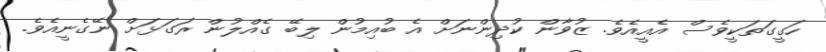
ހަގީގަތަކީވެސް އެއީއެވެ. ޒުވާން ކުދިންނަށް އެ ބުއިމުން ލިބޭ ގެއްލުން ރަގަޅަށް ނޭގެނީއެވެ.